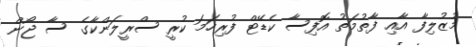
މުޒުލިފާ އާއި ފާތުމަތު އޮފިސާ ކެޑޭޓް ފުރިހަމަ ކުރީ ސްރީލަންކާގެ ސާ ޖޯން